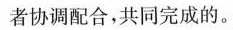
者协调配合，共同完成的。